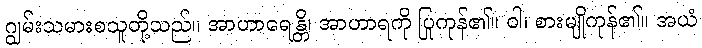
ဂျွမ်းသမားစသူတို့သည်။ အာဟာရေန္တိ၊ အာဟာရကို ပြုကုန်၏။ ဝါ၊ စားမျိုကုန်၏။ အယံ